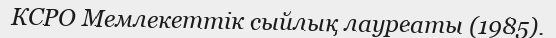
КСРО Мемлекеттік сыйлық лауреаты (1985).